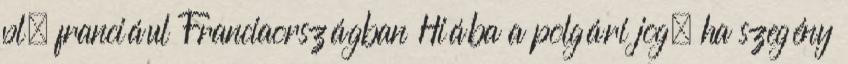
pl. franciául Franciaországban Hiába a polgári jog, ha szegény